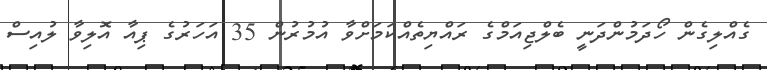
ގެއްލިގެން ހޯދަމުންދަނީ ބެލްޖިއަމްގެ ރައްޔިތެއްކަމަށްވާ އުމުރުން 35 އަހަރުގެ ޕިއާ އޮލިވާ ލުއިސް